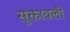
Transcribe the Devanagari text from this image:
सूक्तावली